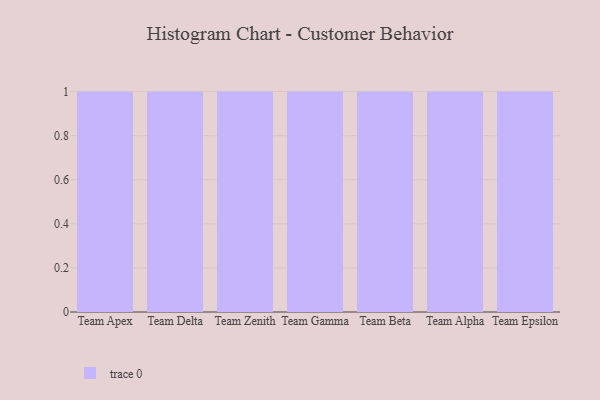
{"axis": {"x": "Team", "y": "Net Income (USD K)"}, "legend": [""], "data": [{"x": "Team Apex", "y": 80, "type": ""}, {"x": "Team Delta", "y": 14, "type": ""}, {"x": "Team Zenith", "y": 23, "type": ""}, {"x": "Team Gamma", "y": 79, "type": ""}, {"x": "Team Beta", "y": 85, "type": ""}, {"x": "Team Alpha", "y": 44, "type": ""}, {"x": "Team Epsilon", "y": 57, "type": ""}]}